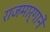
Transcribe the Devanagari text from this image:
राजमार्गानें